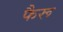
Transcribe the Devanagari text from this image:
फैरू